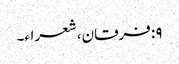
۹: فرقان، شعراء۔